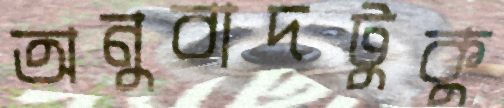
অনুবাদটুকু